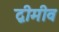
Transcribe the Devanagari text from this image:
द्वीमीव